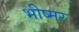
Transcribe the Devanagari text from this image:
भीष्मर